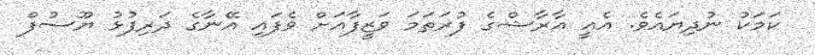
ކަމަކު ނުދިޔައެވެ. އެއީ އާރާޝްގެ ފުރަތަމަ ވަޒީފާއަށް ވެފައި އޭނާގެ ދަރިފުޅު ޔޫސުފް